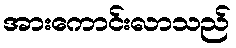
အားကောင်းလာသည်